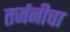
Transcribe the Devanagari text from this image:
तर्जनीचा